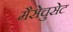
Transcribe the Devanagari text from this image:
मैसेचुसेट